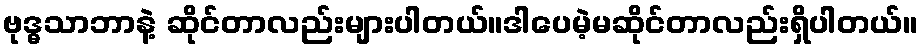
ဗုဒ္ဓသာဘာနဲ့ ဆိုင်တာလည်းများပါတယ်။ဒါပေမဲ့မဆိုင်တာလည်းရှိပါတယ်။